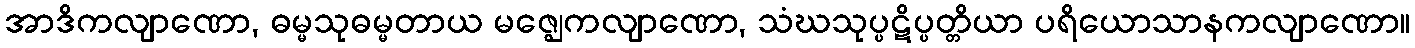
အာဒိကလျာဏော, ဓမ္မသုဓမ္မတာယ မဇ္ဈေကလျာဏော, သံဃသုပ္ပဋိပ္ပတ္တိယာ ပရိယောသာနကလျာဏော။